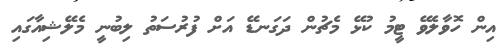
އިން ހޮވާލެވޭ ޓީމު ކުޅޭ މެޗުން ދަގަނޑޭ އަށް ފުރުސަތު ލިބުނީ މެލޭޝިއާގައި